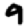
Digit: 9